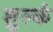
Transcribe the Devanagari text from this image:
शुल्कं